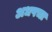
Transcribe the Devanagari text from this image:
अधपचा